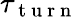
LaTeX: \tau_{\mathrm{~t~u~r~n~}}